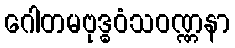
ဂေါတမဗုဒ္ဓဝံသဝဏ္ဏနာ